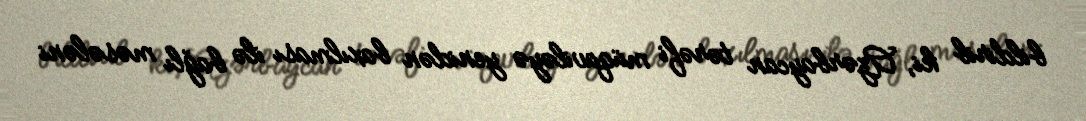
bildirib ki, Azərbaycan tərəfi müqaviləyə yenidən baxılması ilə bağlı məsələni